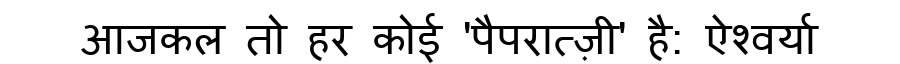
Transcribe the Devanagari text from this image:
आजकल तो हर कोई 'पैपरात्ज़ी' है: ऐश्वर्या